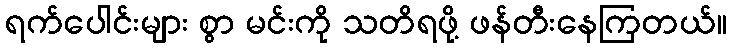
ရက်ပေါင်းများ စွာ မင်းကို သတိရဖို့ ဖန်တီးနေကြတယ်။